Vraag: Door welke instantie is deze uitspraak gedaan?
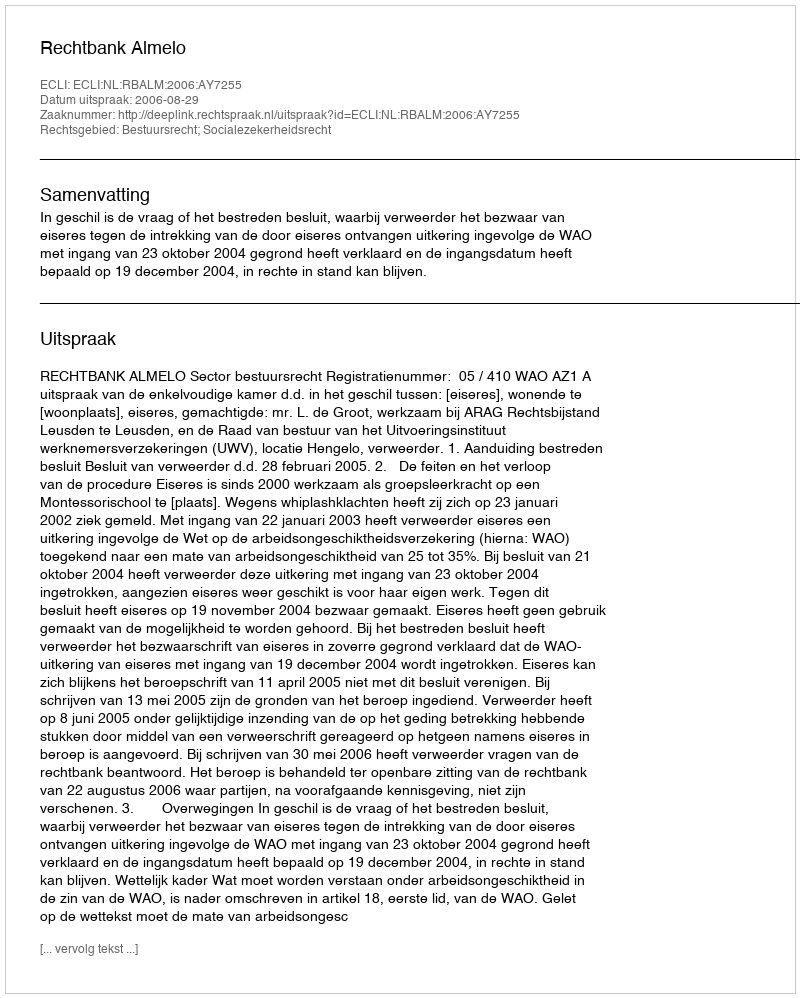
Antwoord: Rechtbank Almelo